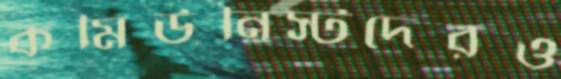
কমিউনিস্টদেরও